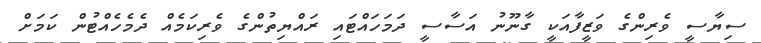
ސިޔާސީ ވެރިންގެ ވަޒީފާއަކީ ގާނޫނު އަސާސީ ދަމަހައްޓައި ރައްޔިތުންގެ ވެރިކަމެއް ދެމެހެއްޓުން ކަމަށް